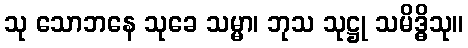
သု သောဘနေ သုခေ သမ္မာ၊ ဘုသ သုဋ္ဌု သမိဒ္ဓိသု။